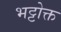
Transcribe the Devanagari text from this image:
भट्टोक्त